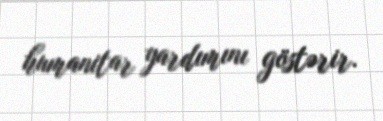
humanitar yardımını göstərir.